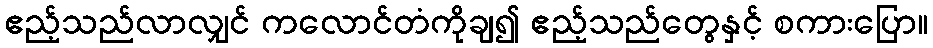
ဧည့်သည်လာလျှင် ကလောင်တံကိုချ၍ ဧည့်သည်တွေနှင့် စကားပြော။